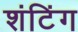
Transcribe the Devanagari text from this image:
शंटिंग